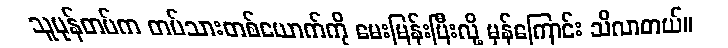
သူပုန်တပ်က တပ်သားတစ်ယောက်ကို မေးမြန်းပြီးလို့ မှန်ကြောင်း သိလာတယ်။